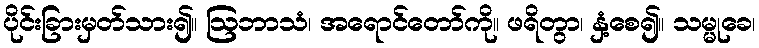
ပိုင်းခြားမှတ်သား၍။ ဩဘာသံ၊ အရောင်တော်ကို။ ဖရိတွာ၊ နှံ့စေ၍။ သမ္မုခေ၊